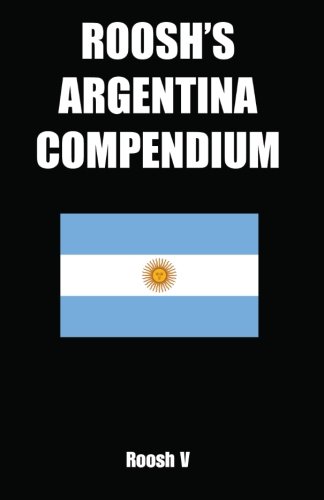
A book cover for Roosh's Argentina Compendium: Pickup Tips, City Guides, And Stories; Roosh V; Travel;